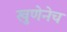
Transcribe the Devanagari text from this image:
खुणेनेच